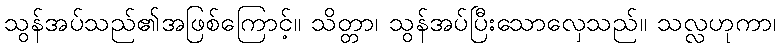
သွန်အပ်သည်၏အဖြစ်ကြောင့်။ သိတ္တာ၊ သွန်အပ်ပြီးသောလှေသည်။ သလ္လဟုကာ၊